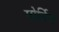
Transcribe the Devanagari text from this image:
मोर्निग